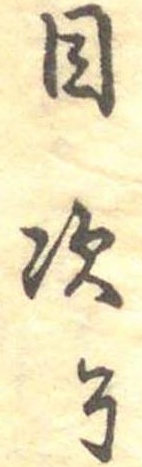
目次了